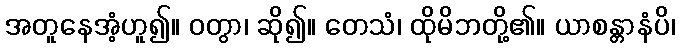
အတူနေအံ့ဟူ၍။ ဝတွာ၊ ဆို၍။ တေသံ၊ ထိုမိဘတို့၏။ ယာစန္တာနံပိ၊